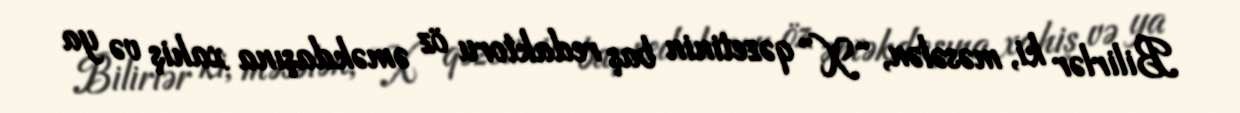
Bilirlər ki, məsələn, “X” qəzetinin baş redaktoru öz əməkdaşına xahiş və ya